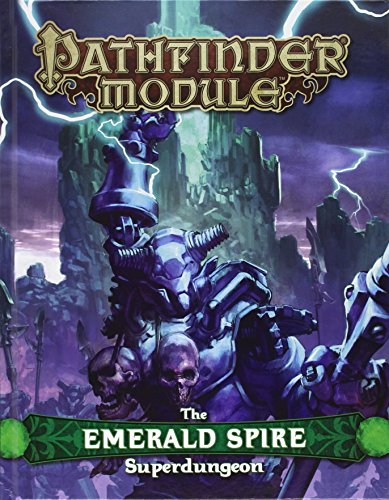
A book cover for Pathfinder Module: The Emerald Spire Superdungeon; Keith Baker; Science Fiction & Fantasy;